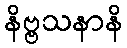
နိဗ္ဗသနာနိ